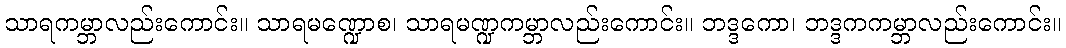
သာရကမ္ဘာလည်းကောင်း။ သာရမဏ္ဍောစ၊ သာရမဏ္ဍကမ္ဘာလည်းကောင်း။ ဘဒ္ဒကော၊ ဘဒ္ဒကကမ္ဘာလည်းကောင်း။